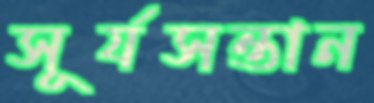
সূর্যসন্তান